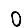
Digit: 0